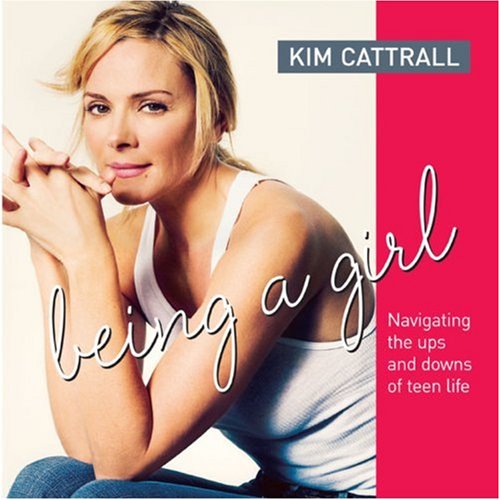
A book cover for Being a Girl: Navigating the Ups and Downs of Teen Life; Kim Cattrall; Teen & Young Adult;